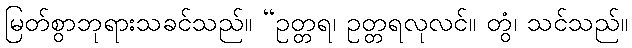
မြတ်စွာဘုရားသခင်သည်။ “ဥတ္တရ၊ ဥတ္တရလုလင်။ တွံ၊ သင်သည်။